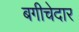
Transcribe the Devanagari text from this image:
बगीचेदार